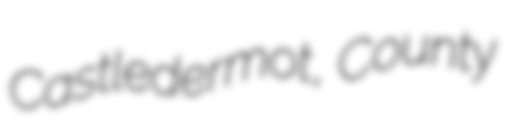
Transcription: Castledermot, County